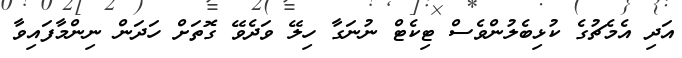
އަދި އެމެޗުގެ ކުޅިބެލުންވެސް ޓިކެޓް ނުނަގާ ހިލޭ ވަދެވޭ ގޮތަށް ހަދަން ނިންމާފައިވާ